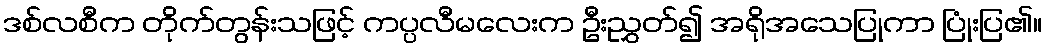
ဒစ်လစီက တိုက်တွန်းသဖြင့် ကပ္ပလီမလေးက ဦးညွှတ်၍ အရိုအသေပြုကာ ပြုံးပြ၏။